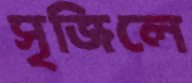
সৃজিলে